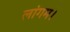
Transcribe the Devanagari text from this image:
लांगम।